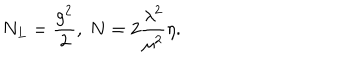
N _ { L } = \frac { g ^ { 2 } } { 2 } , ~ N = 2 \frac { { \lambda } ^ { 2 } } { { \mu } ^ { 2 } } \eta .